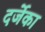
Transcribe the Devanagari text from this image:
दर्जेका